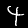
Label: 4